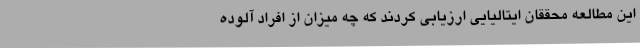
این مطالعه محققان ایتالیایی ارزیابی کردند که چه میزان از افراد آلوده